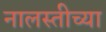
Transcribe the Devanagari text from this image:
नालस्तीच्या